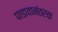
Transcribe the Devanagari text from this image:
पाडावानंतरचा